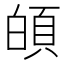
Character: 𩑻